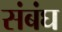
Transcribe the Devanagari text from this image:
संबंघ